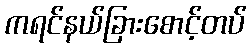
ကရင်နယ်ခြားစောင့်တပ်